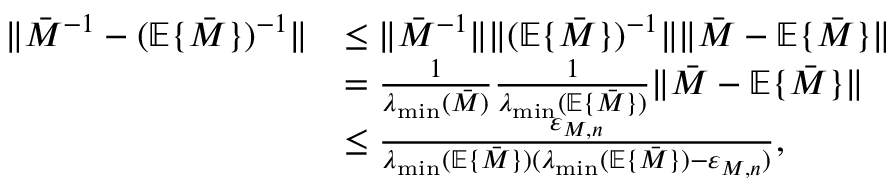
\begin{array} { r l } { \| \bar { M } ^ { - 1 } - ( \mathbb { E } \{ \bar { M } \} ) ^ { - 1 } \| } & { \le \| \bar { M } ^ { - 1 } \| \| ( \mathbb { E } \{ \bar { M } \} ) ^ { - 1 } \| \| \bar { M } - \mathbb { E } \{ \bar { M } \} \| } \\ & { = \frac { 1 } { \lambda _ { \operatorname* { m i n } } ( \bar { M } ) } \frac { 1 } { \lambda _ { \operatorname* { m i n } } ( \mathbb { E } \{ \bar { M } \} ) } \| \bar { M } - \mathbb { E } \{ \bar { M } \} \| } \\ & { \le \frac { \varepsilon _ { M , n } } { \lambda _ { \operatorname* { m i n } } ( \mathbb { E } \{ \bar { M } \} ) ( \lambda _ { \operatorname* { m i n } } ( \mathbb { E } \{ \bar { M } \} ) - \varepsilon _ { M , n } ) } , } \end{array}